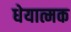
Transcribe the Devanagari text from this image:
धेयात्मक